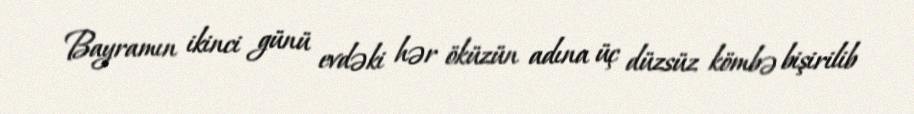
Bayramın ikinci günü evdəki hər öküzün adına üç düzsüz kömbə bişirilib